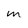
Character: M